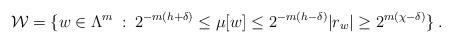
LaTeX: \begin{align*}\mathcal{W}=\{w\in\Lambda^{m}\::\:2^{-m(h+\delta)}\le\mu[w]\le2^{-m(h-\delta)}|r_{w}|\ge2^{m(\chi-\delta)}\}\:.\end{align*}